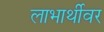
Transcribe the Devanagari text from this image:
लाभार्थीवर